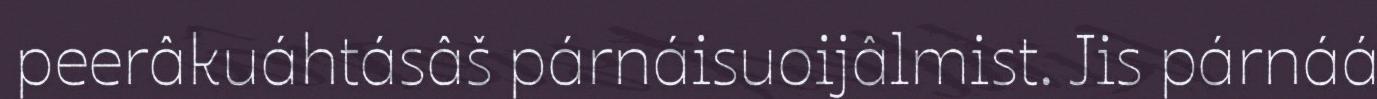
peerâkuáhtásâš párnáisuoijâlmist. Jis párnáá